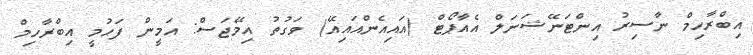
އިބްރާހިމް ނާސިރު އިންޓަނޭޝަނަލް އެއާޕޯޓް (އައިއެންއައިއޭ) ވަގުތު އިމޭޖަސް: އަމީން ފަހުމީ އިބްރާހިމް